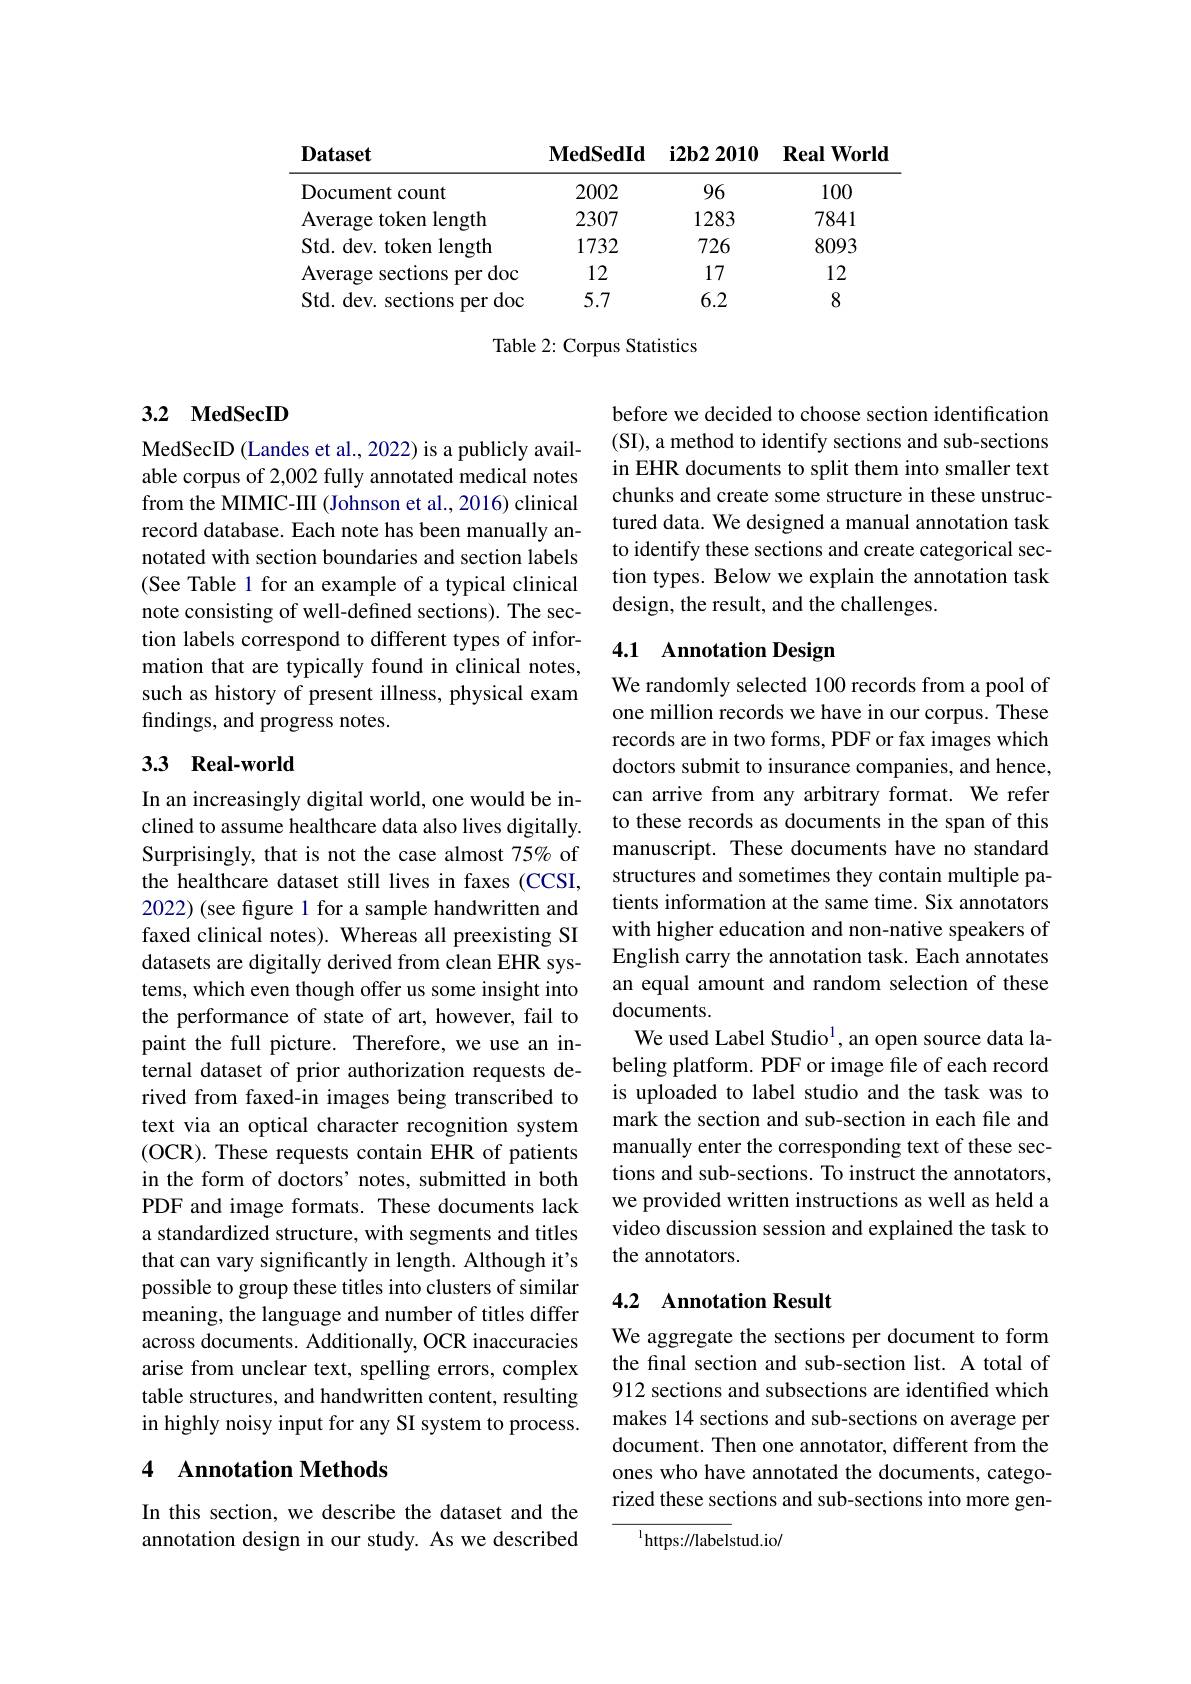
$\mathbf{MedSedId}$
$\mathbf{i2b22010}$ $\mathbf{RealWorld}$

Dataset

<table>
	<tbody>
		<tr>
			<th>Document count</th>
			<th>2002</th>
			<th>96</th>
			<th>100</th>
		</tr>
		<tr>
			<td>Average token length</td>
			<td>2307</td>
			<td>1283</td>
			<td>7841</td>
		</tr>
		<tr>
			<td>Std. dev. token length</td>
			<td>1732</td>
			<td>726</td>
			<td>8093</td>
		</tr>
		<tr>
			<td>Average sections per doc</td>
			<td>12</td>
			<td>17</td>
			<td>12</td>
		</tr>
		<tr>
			<td>Std. dev. sections per doc</td>
			<td>5.7</td>
			<td>6.2</td>
			<td>8</td>
		</tr>
	</tbody>
</table>

Table 2: Corpus Statistics

## 3.2 MedSecID

MedSecID (Landes et al., 2022) is a publicly available corpus of 2,002 fully annotated medical notes from the MIMIC-III (Johnson et al., 2016) clinical record database. Each note has been manually annotated with section boundaries and section labels (See Table 1 for an example of a typical clinical note consisting of well-defined sections). The section labels correspond to different types of information that are typically found in clinical notes, such as history of present illness, physical exam findings, and progress notes.

## 3.3 Real-world

In an increasingly digital world, one would be inclined to assume healthcare data also lives digitally. Surprisingly, that is not the case almost 75% of the healthcare dataset still lives in faxes (CCSI, 2022) (see figure 1 for a sample handwritten and faxed clinical notes). Whereas all preexisting SI datasets are digitally derived from clean EHR systems, which even though offer us some insight into the performance of state of art, however, fail to paint the full picture. Therefore, we use an internal dataset of prior authorization requests derived from faxed-in images being transcribed to text via an optical character recognition system (OCR). These requests contain EHR of patients in the form of doctors' notes, submitted in both PDF and image formats. These documents lack a standardized structure, with segments and titles that can vary significantly in length. Although it's possible to group these titles into clusters of similar meaning, the language and number of titles differ across documents. Additionally, OCR inaccuracies arise from unclear text, spelling errors, complex table structures, and handwritten content, resulting in highly noisy input for any SI system to process.

## 4 Annotation Methods

In this section, we describe the dataset and the annotation design in our study. As we described

before we decided to choose section identification (SI), a method to identify sections and sub-sections in EHR documents to split them into smaller text chunks and create some structure in these unstructured data. We designed a manual annotation task to identify these sections and create categorical section types. Below we explain the annotation task design, the result, and the challenges.

# 4.1 Annotation Design

We randomly selected 100 records from a pool of one million records we have in our corpus. These records are in two forms, PDF or fax images which doctors submit to insurance companies, and hence, can arrive from any arbitrary format. We refer to these records as documents in the span of this manuscript. These documents have no standard structures and sometimes they contain multiple patients information at the same time. Six annotators with higher education and non-native speakers of English carry the annotation task. Each annotates an equal amount and random selection of these documents.
We used Label Studio$^{1}$, an open source data labeling platform. PDF or image file of each record is uploaded to label studio and the task was to mark the section and sub-section in each file and manually enter the corresponding text of these sections and sub-sections. To instruct the annotators, we provided written instructions as well as held a video discussion session and explained the task to the annotators.

## 4.2 Annotation Result

We aggregate the sections per document to form the final section and sub-section list. A total of 912 sections and subsections are identified which makes 14 sections and sub-sections on average per document. Then one annotator, different from the ones who have annotated the documents, categorized these sections and sub-sections into more gen-

$^{1}$https://labelstud.io/